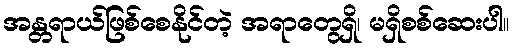
အန္တရာယ်ဖြစ်စေနိုင်တဲ့ အရာတွေရှိ၊ မရှိစစ်ဆေးပါ။